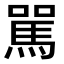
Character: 駡